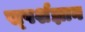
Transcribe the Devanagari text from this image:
स्‍पर्शज्ञान